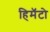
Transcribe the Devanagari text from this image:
हिमॅटो